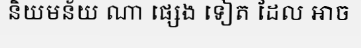
និយមន័យ ណា ផ្សេង ទៀត ដែល អាច